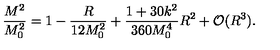
\frac { M ^ { 2 } } { M _ { 0 } ^ { 2 } } = 1 - \frac { R } { 1 2 M _ { 0 } ^ { 2 } } + \frac { 1 + 3 0 k ^ { 2 } } { 3 6 0 M _ { 0 } ^ { 4 } } R ^ { 2 } + { \cal O } ( R ^ { 3 } ) .